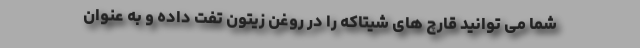
شما می توانید قارچ های شیتاکه را در روغن زیتون تفت داده و به عنوان